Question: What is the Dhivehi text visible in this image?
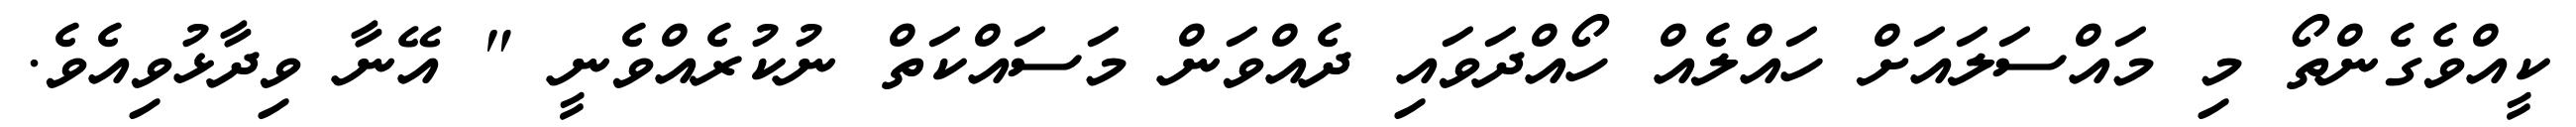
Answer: ކީއްވެގެންތޯ މި މައްސަލައަށް ހައްލެއް ހޯއްދަވައި ދެއްވަން މަސައްކަތް ނުކުރެއްވެނީ " އޭނާ ވިދާޅުވިއެވެ.